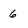
Character: 6